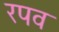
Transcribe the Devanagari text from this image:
रपव